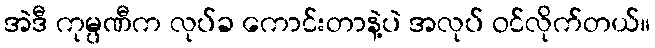
အဲဒီ ကုမ္ပဏီက လုပ်ခ ကောင်းတာနဲ့ပဲ အလုပ် ဝင်လိုက်တယ်။